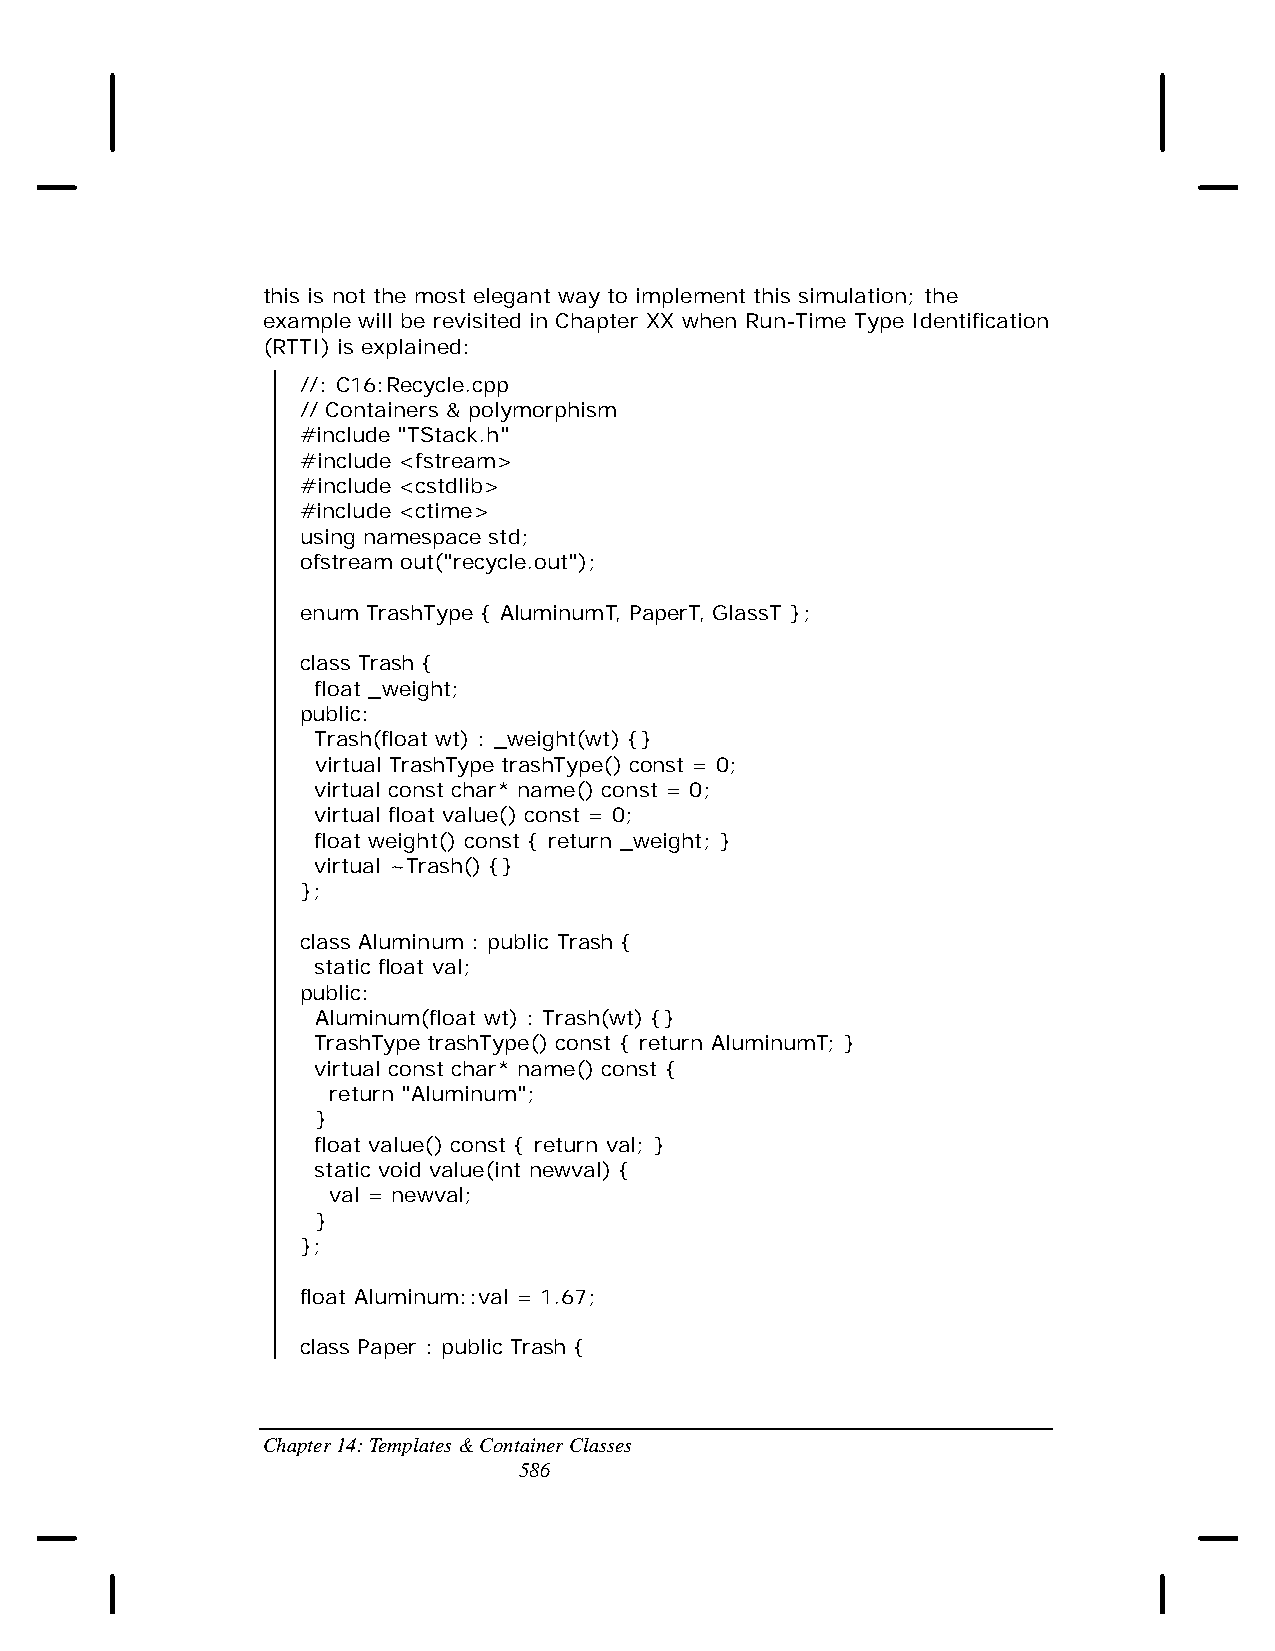
this is not the most elegant way to implement this simulation; the
 example will be revisited in Chapter XX when Run-Time Type Identification
 (RTTI) is explained:
 //: C16:Recycle.cpp
 // Containers & polymorphism
 #include "TStack.h"
 #include <fstream>
 #include <cstdlib>
 #include <ctime>
 using namespace std;
 ofstream out("recycle.out");
 enum TrashType { AluminumT, PaperT, GlassT };
 class Trash {
 float _weight;
 public:
 Trash(float wt) : _weight(wt) {}
 virtual TrashType trashType() const = 0;
 virtual const char* name() const = 0;
 virtual float value() const = 0;
 float weight() const { return _weight; }
 virtual ~Trash() {}
 };
 class Aluminum : public Trash {
 static float val;
 public:
 Aluminum(float wt) : Trash(wt) {}
 TrashType trashType() const { return AluminumT; }
 virtual const char* name() const {
 return "Aluminum";
 }
 float value() const { return val; }
 static void value(int newval) {
 val = newval;
 }
 };
 float Aluminum::val = 1.67;
 class Paper : public Trash {
 Chapter 14: Templates & Container Classes
 586